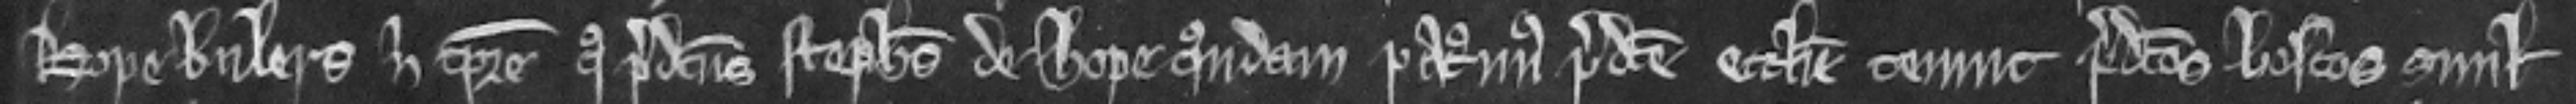
Hopebulers nisi tempore quo predictus Stephanus de Hope quondam patronus predicte ecclesie tenuit predictos boscos simul